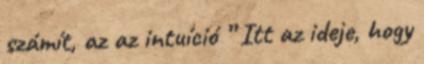
számít, az az intuíció ” Itt az ideje, hogy